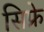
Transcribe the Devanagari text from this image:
सिफ्रे